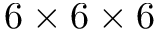
6 \times 6 \times 6